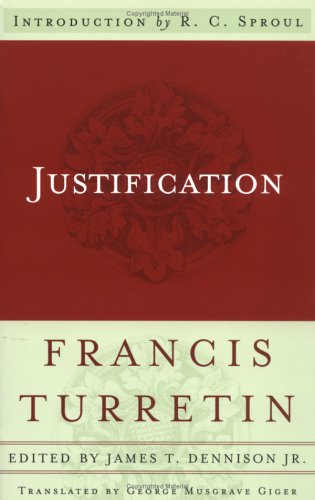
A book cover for Justification; Francis Turretin; Christian Books & Bibles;